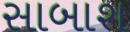
સાબાશ